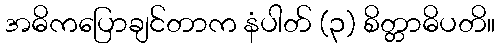
အဓိကပြောချင်တာက နံပါတ် (၃) စိတ္တာဓိပတိ။